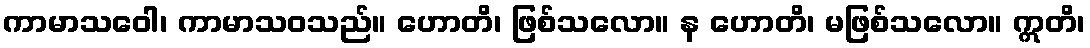
ကာမာသဝေါ၊ ကာမာသဝသည်။ ဟောတိ၊ ဖြစ်သလော။ န ဟောတိ၊ မဖြစ်သလော။ ဣတိ၊